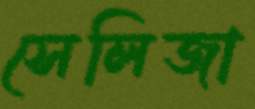
সেলিজা